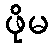
ဖိုမ